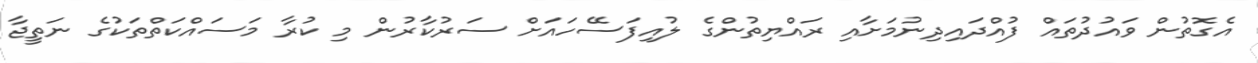
އެގޮތުން ވައުދުތައް ފުއްދައިދިނުމަށާއި ރައްޔިތުންގެ ލުއިފަސޭހައަށް ސަރުކާރުން މި ކުރާ މަސައްކަތްތަކުގެ ނަތީޖާ